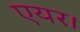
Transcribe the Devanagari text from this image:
एयर।